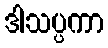
ဒါသပ္ပကာ